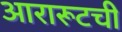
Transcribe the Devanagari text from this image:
आरारूटची